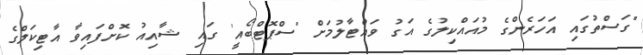
"ގަސްތުގައި އަހަރެންގެ މުއައްކިލުގެ އަގު ވައްޓާލުމަށް 'ސްޕޮޓްބޯއީ' ގައި ޝާއިއު ކޮށްފައިވާ އާޓިކަލްގެ